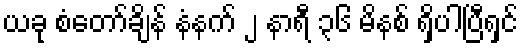
ယခု စံတော်ချိန် နံနက် ၂ နာရီ ၃၆ မိနစ် ရှိပါပြီရှင်